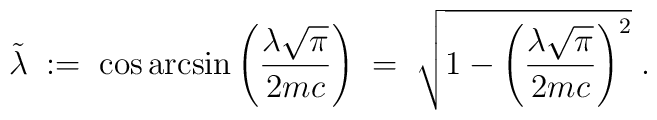
\tilde{\lambda} \; := \; \cos \arcsin\left( \frac{\lambda \sqrt{\pi}}{2mc} \right) \; = \;\sqrt{1- \left( \frac{\lambda \sqrt{\pi}}{2mc} \right)^2} \; .